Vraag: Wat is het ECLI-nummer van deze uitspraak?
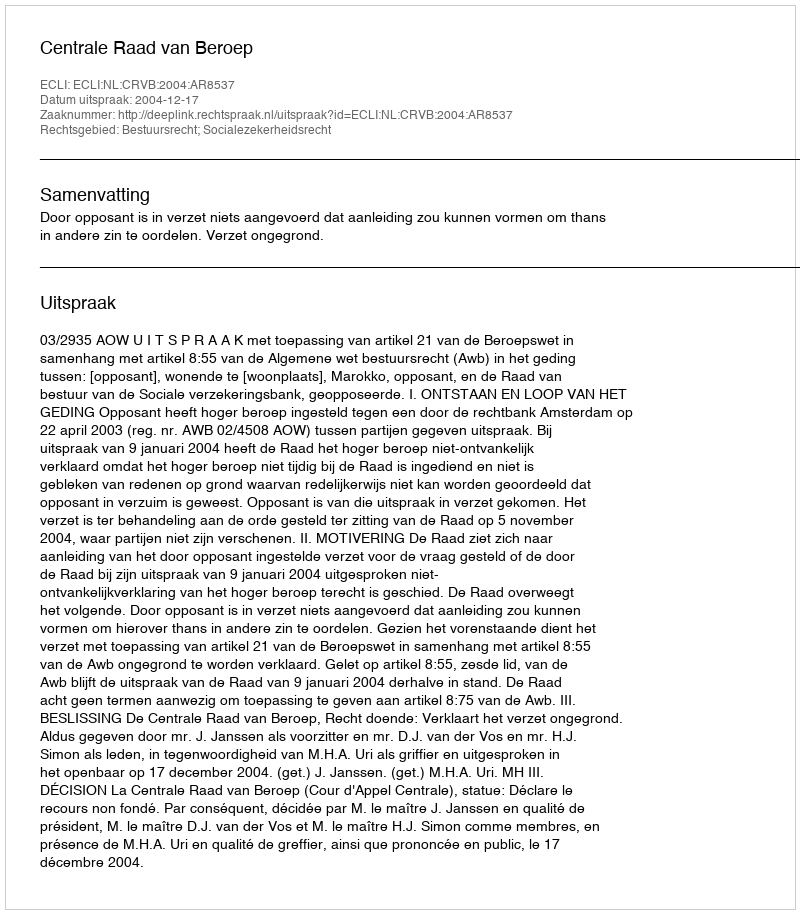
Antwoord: ECLI:NL:CRVB:2004:AR8537